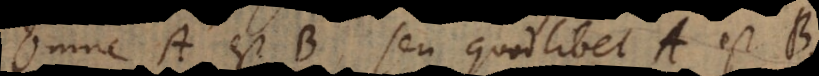
Omne A est B, seu quodlibet A est B,